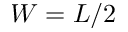
W = L / 2